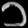
Digit: ၁